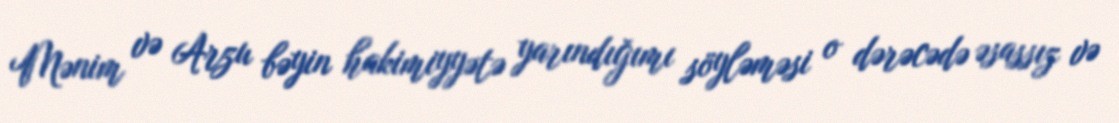
Mənim və Arzu bəyin hakimiyyətə yarındığımı söyləməsi o dərəcədə əsassız və